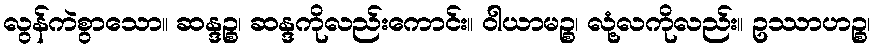
လွန်ကဲစွာသော။ ဆန္ဒဉ္စ၊ ဆန္ဒကိုလည်းကောင်း။ ဝါယာမဉ္စ၊ လုံ့လကိုလည်း။ ဥဿာဟဉ္စ၊